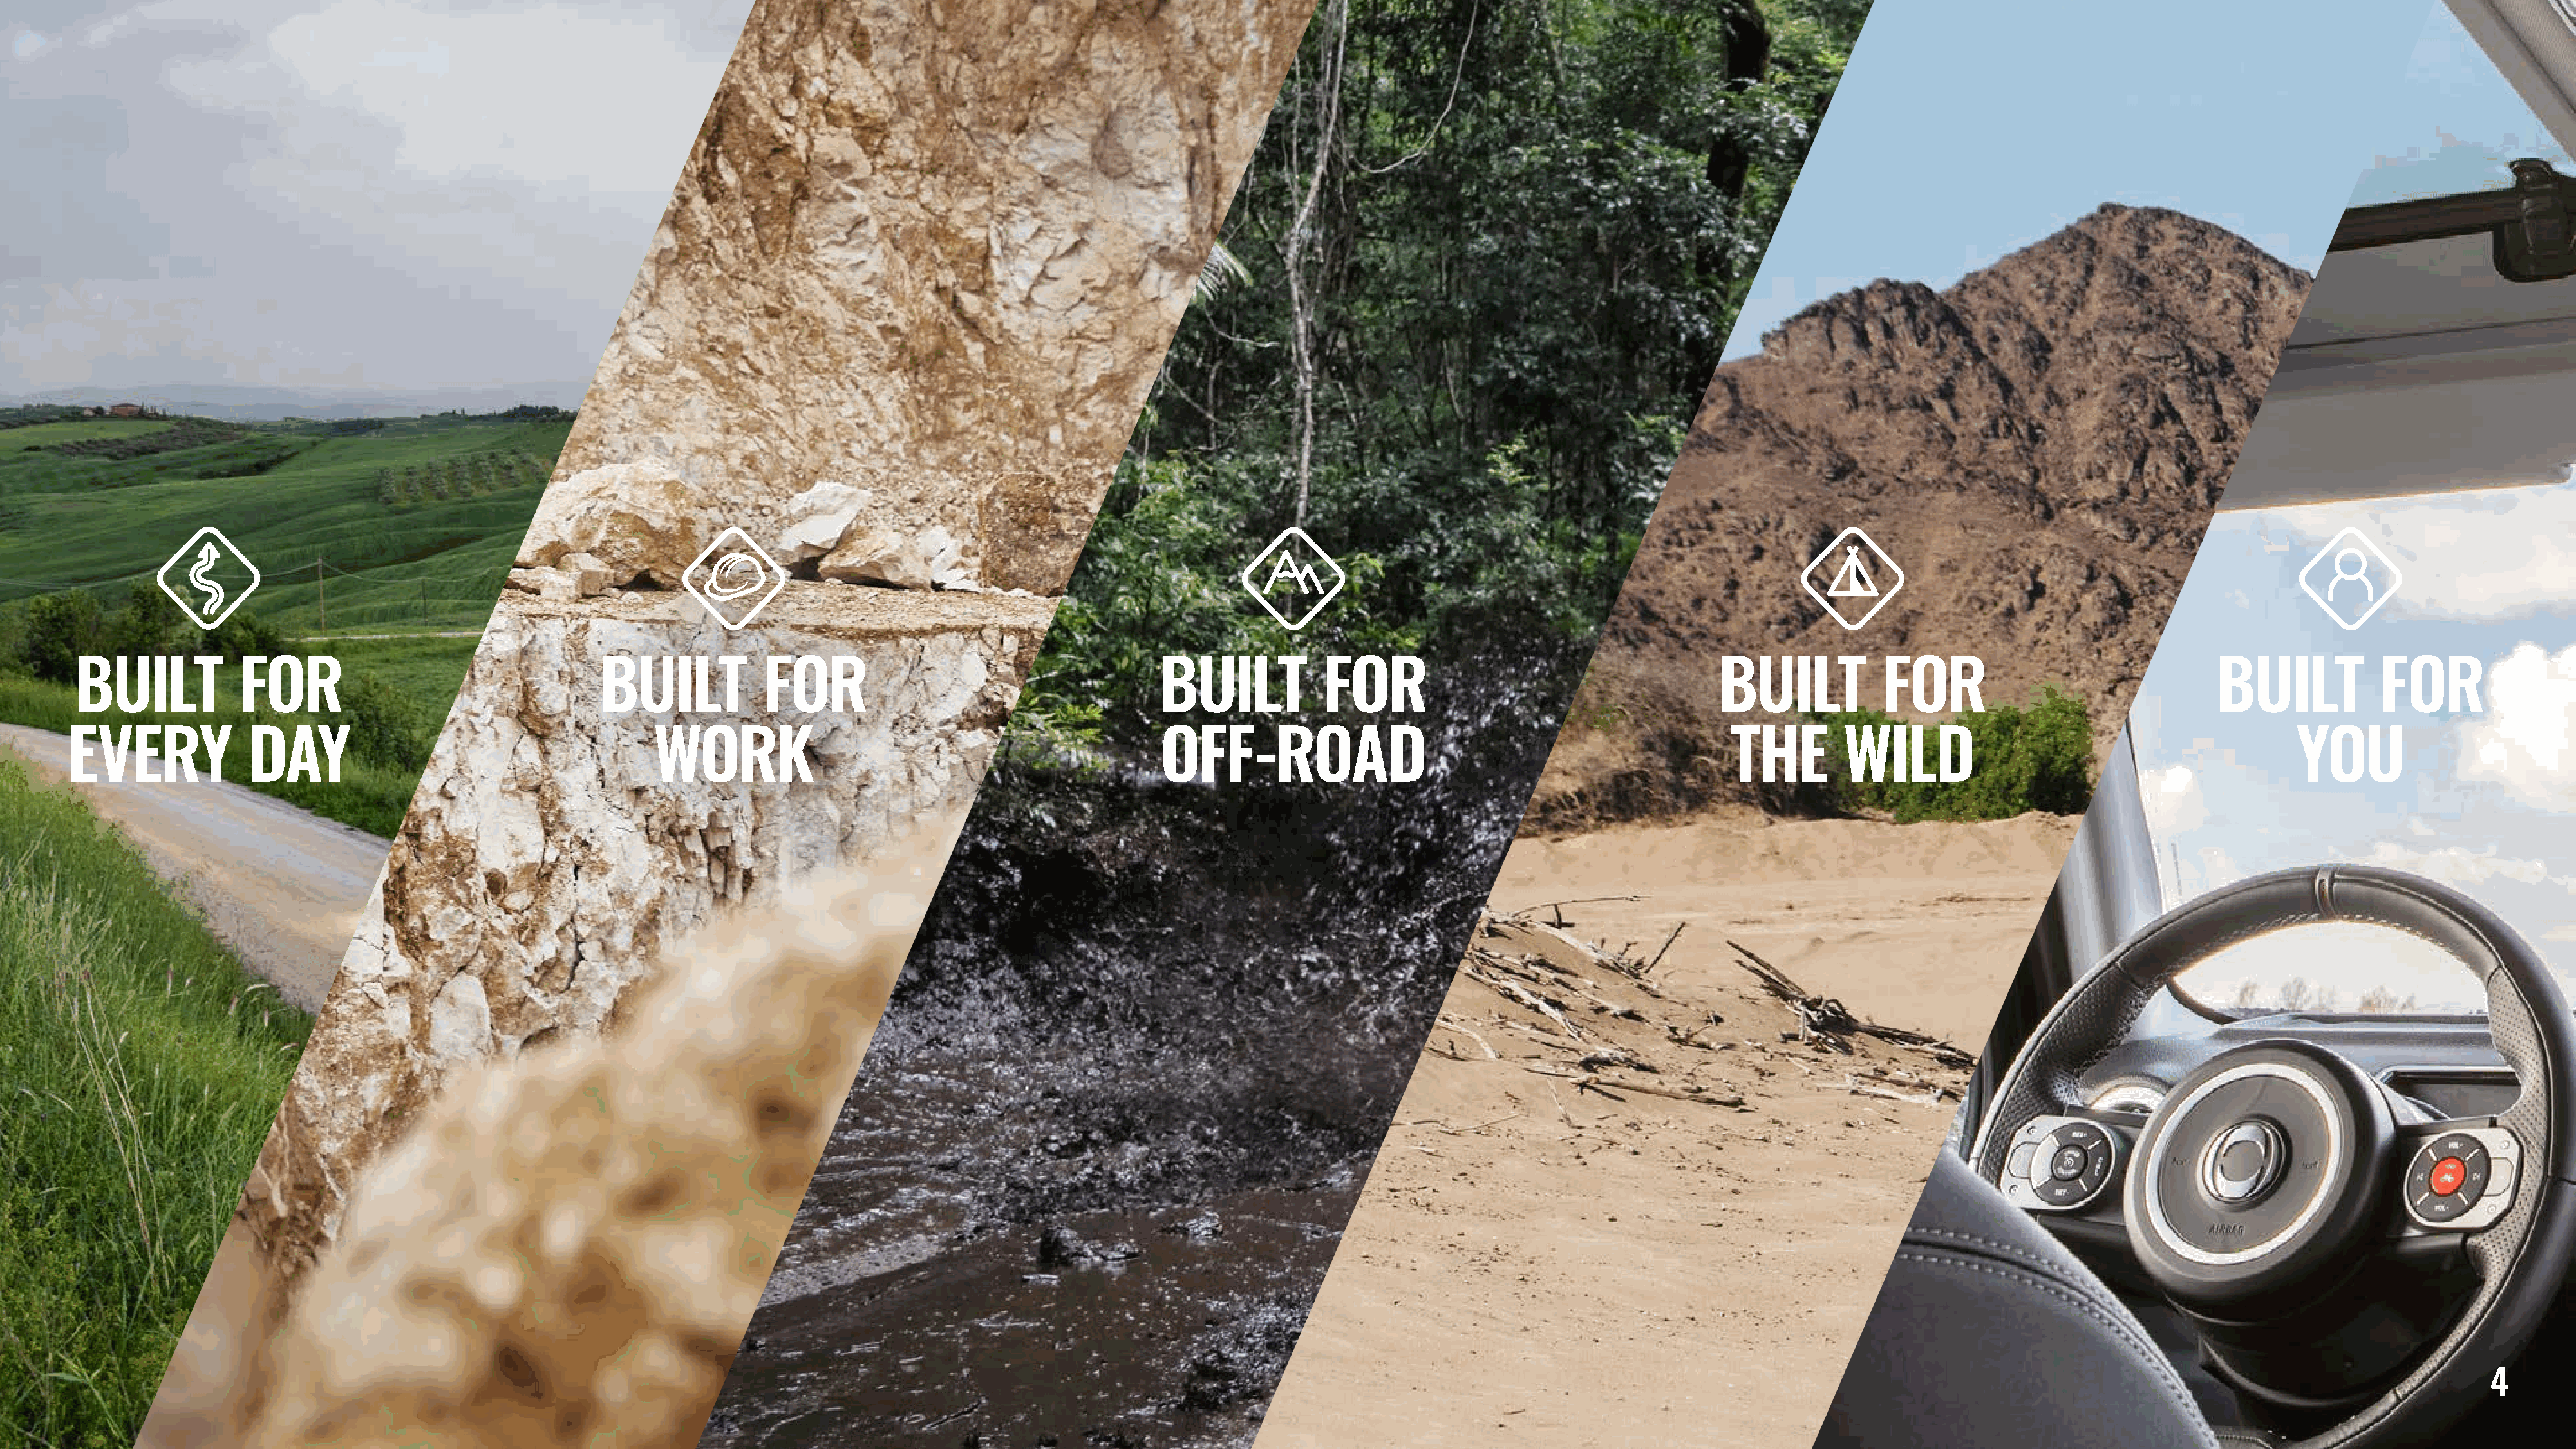
BUILT           FOR                                   BUILT           FOR                                      BUILT            FOR                                      BUILT           FOR                                BUILT            FOR
 EVERY             DAY                                       WORK                                                OFF-ROAD                                                   THE        WILD                                           YOU
 4